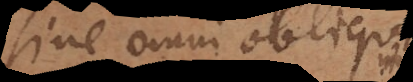
sine omni obliquo